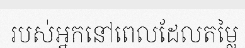
របស់អ្នកនៅពេលដែលតម្លៃ